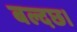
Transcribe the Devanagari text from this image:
बल्दछ।